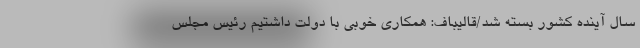
سال آینده کشور بسته شد/قالیباف: همکاری خوبی با دولت داشتیم رئیس مجلس